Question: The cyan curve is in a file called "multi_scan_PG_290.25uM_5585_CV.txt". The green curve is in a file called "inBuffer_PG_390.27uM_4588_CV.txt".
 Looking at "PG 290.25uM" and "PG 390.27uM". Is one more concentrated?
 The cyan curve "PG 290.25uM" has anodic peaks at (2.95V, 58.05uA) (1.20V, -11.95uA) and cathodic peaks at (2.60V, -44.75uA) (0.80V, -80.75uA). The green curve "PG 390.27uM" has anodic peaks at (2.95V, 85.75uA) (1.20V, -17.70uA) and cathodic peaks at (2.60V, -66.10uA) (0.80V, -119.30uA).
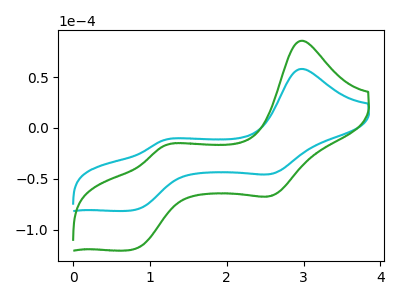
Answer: <think>All the peaks in "PG 290.25uM" have a peak in "PG 390.27uM" at the same potential.
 </think>
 <answer>I cant tell if "PG 290.25uM" or "PG 390.27uM" has higher concentration.</answer>
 <eval>mixed_concentration</eval>